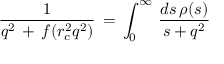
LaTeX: { \frac { 1 } { q ^ { 2 } \, + \, f ( r _ { c } ^ { 2 } q ^ { 2 } ) } } \, = \, \int _ { 0 } ^ { \infty } \, { \frac { d s \, \rho ( s ) } { s + q ^ { 2 } } }